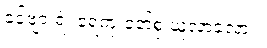
ခင်ဗျားရဲ့ ရေကူးဝတ်စုံ ယူလာခဲ့လား။